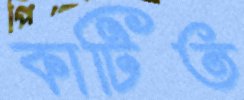
কাটিত